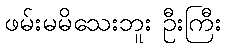
ဖမ်းမမိသေးဘူး ဦးကြီး